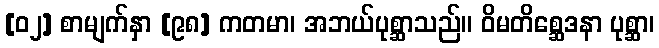
[၀၂] စာမျက်နှာ [၉၈] ကတမာ၊ အဘယ်ပုစ္ဆာသည်။ ဝိမတိစ္ဆေဒနာ ပုစ္ဆာ၊